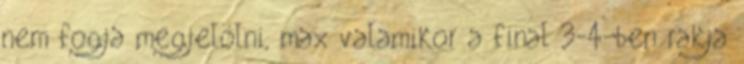
nem fogja megjelölni, max valamikor a final 3-4-ben rakja